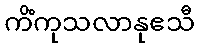
ကိံကုသလာနုဧသီ